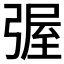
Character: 𭛀